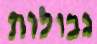
גבולות